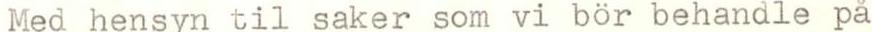
Med hensyn til saker som vi bör behandle på